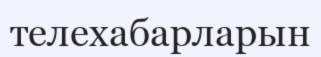
телехабарларын